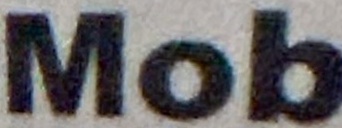
Mob